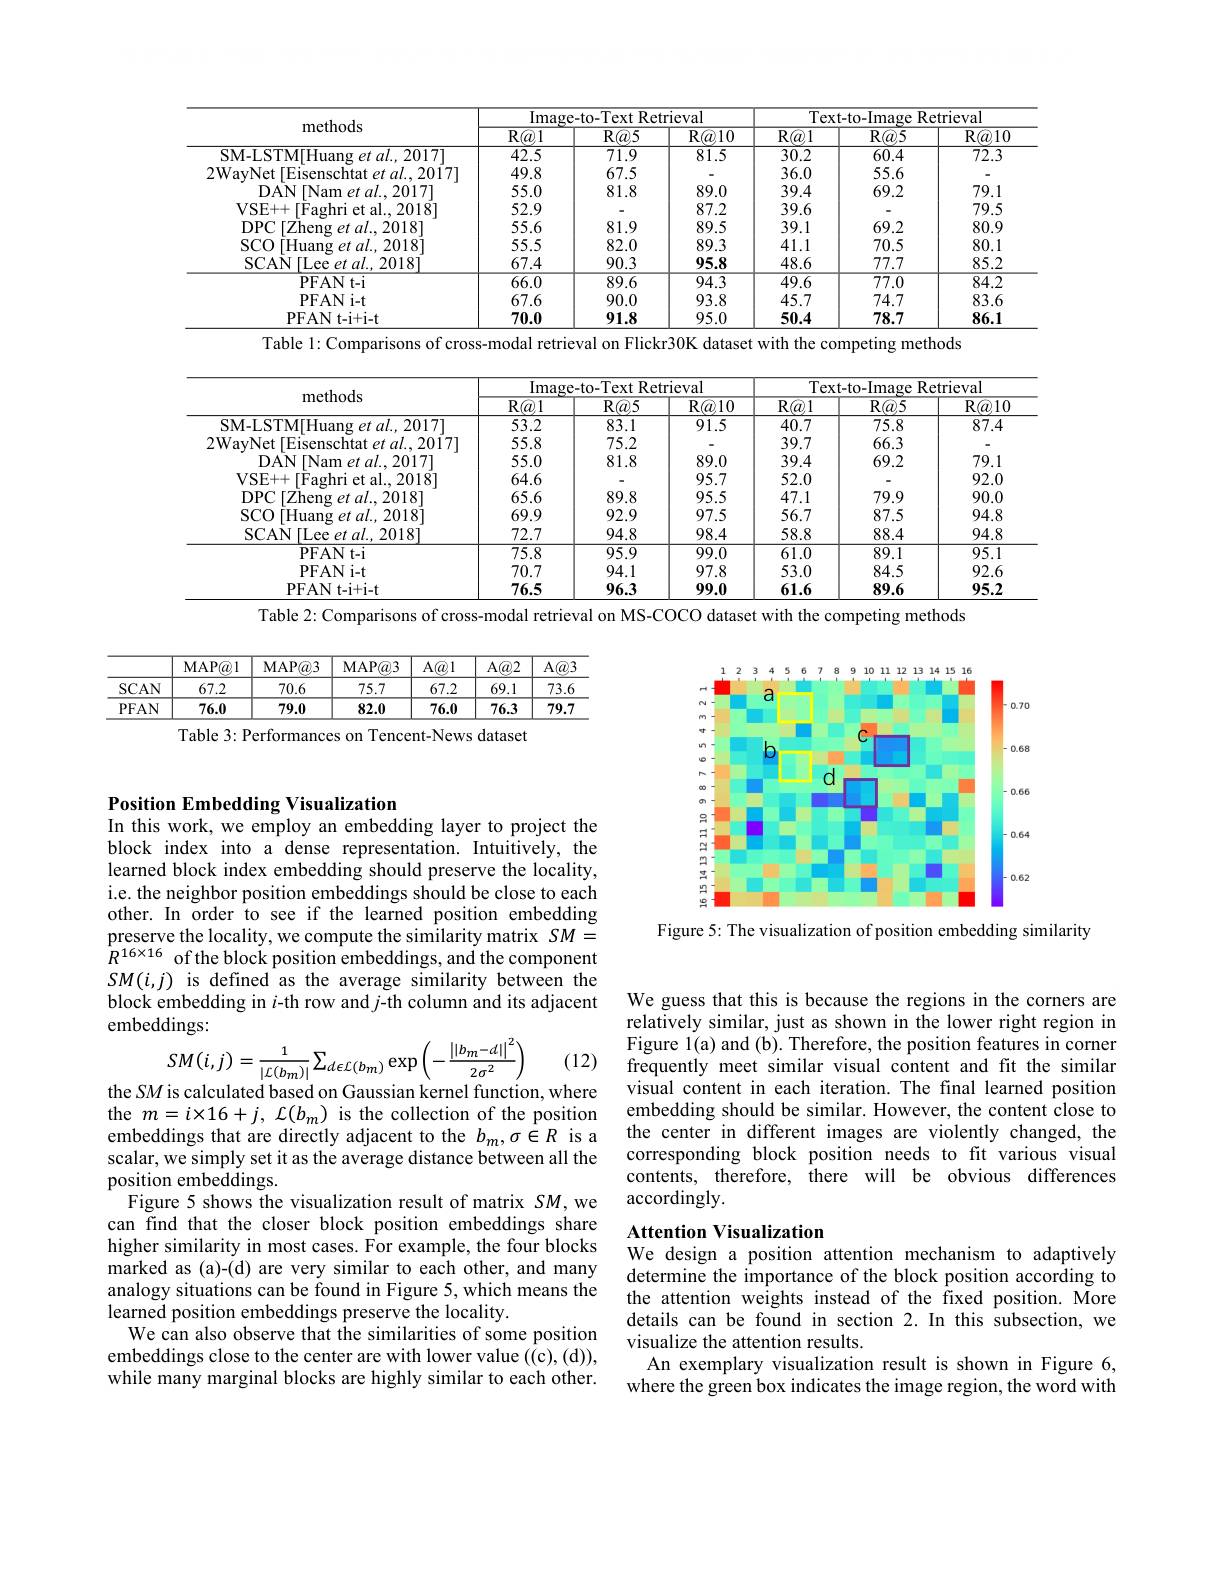
<table>
	<tbody>
		<tr>
			<th rowspan="2">methods</th>
			<th colspan="3">Image- to- Text Retrieval</th>
			<th colspan="3">Text-to-Image Retrieval</th>
		</tr>
		<tr>
			<th>R$( a) 1$</th>
			<th>$\mathbf{R}(a,5$</th>
			<th>$\mathbf{R}(a,10$</th>
			<th>R$( a) 1$</th>
			<th>$R(@5$</th>
			<th>R$( a) 10$</th>
		</tr>
		<tr>
			<td>SM-LSTM[Huang et al., 2017]</td>
			<td>42.5</td>
			<td>71.9</td>
			<td>81.5</td>
			<td>30.2</td>
			<td>60.4</td>
			<td>72.3</td>
		</tr>
		<tr>
			<td>2WavNet [Eisenschtat et al., 2017]</td>
			<td>49.8</td>
			<td>67.5</td>
			<td> </td>
			<td>36.0</td>
			<td>55.6</td>
			<td> </td>
		</tr>
		<tr>
			<td>DAN INam et al..20171</td>
			<td>55.0</td>
			<td>81.8</td>
			<td>89.0</td>
			<td>39.4</td>
			<td>69.2</td>
			<td>79.1</td>
		</tr>
		<tr>
			<td>VSE+ + Faghri et al.2018</td>
			<td>52.9</td>
			<td> </td>
			<td>87.2</td>
			<td>39.6</td>
			<td> </td>
			<td>79.5</td>
		</tr>
		<tr>
			<td>DPC$\left [ \mathrm{Zheng~et~al. . 2018}\right ]$</td>
			<td>55.6</td>
			<td>81.9</td>
			<td>89.5</td>
			<td>39.1</td>
			<td>69.2</td>
			<td>80.9</td>
		</tr>
		<tr>
			<td>$SCO$ $\bar{\text{THuang et al.2018}}$</td>
			<td>55.5</td>
			<td>82.0</td>
			<td>89.3</td>
			<td>41.1</td>
			<td>70.5</td>
			<td>80.1</td>
		</tr>
		<tr>
			<td>SCAN ILee et al..20181</td>
			<td>67.4</td>
			<td>90.3</td>
			<td>95.8</td>
			<td>48.6</td>
			<td>77.7</td>
			<td>85.2</td>
		</tr>
		<tr>
			<td>PFAN t- i</td>
			<td>66.0</td>
			<td>89.6</td>
			<td>94.3</td>
			<td>49.6</td>
			<td>77.0</td>
			<td>84.2</td>
		</tr>
		<tr>
			<td>PFAN i-t</td>
			<td>67.6</td>
			<td>90.0</td>
			<td>93.8</td>
			<td>45.7</td>
			<td>74.7</td>
			<td>83.6</td>
		</tr>
		<tr>
			<td>PFAN t- i+ i- t</td>
			<td>70.0</td>
			<td>91.8</td>
			<td>95.0</td>
			<td>50.4</td>
			<td>78.7</td>
			<td>86.1</td>
		</tr>
	</tbody>
</table>
Table 1: Comparisons of cross-modal retrieval on Flickr30K dataset with the competing methods

<table>
	<tbody>
		<tr>
			<th rowspan="2">methods</th>
			<th colspan="3">Image-to-Text Retrieval</th>
			<th colspan="3">Text-to-Image Retrieval</th>
		</tr>
		<tr>
			<th>R@ 1</th>
			<th>$R(a5$</th>
			<th>$\mathbf{R}(a,10$</th>
			<th>R$( a, 1$</th>
			<th>$R(a,5$</th>
			<th>$\overline{\mathrm{R}(a)10}$</th>
		</tr>
		<tr>
			<td>SM-LSTM[Huang et al., 2017]</td>
			<td>53.2</td>
			<td>83.1</td>
			<td>91.5</td>
			<td>40.7</td>
			<td>75.8</td>
			<td>87.4</td>
		</tr>
		<tr>
			<td>2WayNet「Eisenschtat et al., 2017]</td>
			<td>55.8</td>
			<td>75.2</td>
			<td> </td>
			<td>39.7</td>
			<td>66.3</td>
			<td> </td>
		</tr>
		<tr>
			<td>DAN Nam et al..20171</td>
			<td>55.0</td>
			<td>81.8</td>
			<td>89.0</td>
			<td>39.4</td>
			<td>69.2</td>
			<td>79.1</td>
		</tr>
		<tr>
			<td>VSE+ + Faghri et al.,2018I</td>
			<td>64.6</td>
			<td> </td>
			<td>95.7</td>
			<td>52.0</td>
			<td> </td>
			<td>92.0</td>
		</tr>
		<tr>
			<td>DPC $[ \bar {\text{Zheng }et}$ $al. . 2018]$</td>
			<td>65.6</td>
			<td>89.8</td>
			<td>95.5</td>
			<td>47.1</td>
			<td>79.9</td>
			<td>90.0</td>
		</tr>
		<tr>
			<td>$SCO$ $\mathsf{IHuang~et~al..2018}$</td>
			<td>69.9</td>
			<td>92.9</td>
			<td>97.5</td>
			<td>56.7</td>
			<td>87.5</td>
			<td>94.8</td>
		</tr>
		<tr>
			<td>SCAN [ Lee et al. , 2018] </td>
			<td>72.7</td>
			<td>94.8</td>
			<td>98.4</td>
			<td>58.8</td>
			<td>88.4</td>
			<td>94.8</td>
		</tr>
		<tr>
			<td>PFAN t- i</td>
			<td>75.8</td>
			<td>95.9</td>
			<td>99.0</td>
			<td>61.0</td>
			<td>89.1</td>
			<td>95.1</td>
		</tr>
		<tr>
			<td>PFAN i-t</td>
			<td>70.7</td>
			<td>94.1</td>
			<td>97.8</td>
			<td>53.0</td>
			<td>84.5</td>
			<td>92.6</td>
		</tr>
		<tr>
			<td>PFAN t- i+ i- t</td>
			<td>76.5</td>
			<td>96.3</td>
			<td>99.0</td>
			<td>61.6</td>
			<td>89.6</td>
			<td>95.2</td>
		</tr>
	</tbody>
</table>
Table 2: Comparisons of cross-modal retrieval on MS-COCO dataset with the competing methods

<table>
	<tbody>
		<tr>
			<th> </th>
			<th>MAP@ 1</th>
			<th>MAP@ 3</th>
			<th>MAP@ 3</th>
			<th>$A@1$</th>
			<th>$A@2$</th>
			<th>$A\textcircled{a}{:}$</th>
		</tr>
		<tr>
			<td>SCAN</td>
			<td>67.2</td>
			<td>70.6</td>
			<td>75.7</td>
			<td>67.2</td>
			<td>69.1</td>
			<td>73.6</td>
		</tr>
		<tr>
			<td>PFAN</td>
			<td>76.0</td>
			<td>79.0</td>
			<td>82.0</td>
			<td>76.0</td>
			<td>76.3</td>
			<td>79.7</td>
		</tr>
	</tbody>
</table>
Table 3: Performances on Tencent-News dataset

<FigureHere>

Position Embedding Visualization
In this work, we employ an embedding layer to project the

block index into a dense representation. Intuitively, the learned block index embedding should preserve the locality, i.e. the neighbor position embeddings should be close to each other. In order to see if the learned position embedding preserve the locality, we compute the similarity matrix $SM=$ $R^{16\times16}$ of the block position embeddings, and the component $SM(i,j)$ is defined as the average similarity between the block embedding in $i$-th row and j-th column and its adjacent embeddings:
$$SM(i,j)=\frac{1}{|\mathcal{L}(b_{m})|}\sum_{d\epsilon\mathcal{L}(b_{m})}\exp\left(-\frac{\left||b_{m}-d|\right|^{2}}{2\sigma^{2}}\right)$$
Figure 5: The visualization of position embedding similarity

(12)

the SM is calculated based on Gaussian kernel function, where

We guess that this is because the regions in the corners are relatively similar, just as shown in the lower right region in Figure l(a) and (b). Therefore, the position features in corner frequently meet similar visual content and fit the similar visual content in each iteration. The final learned position embedding should be similar. However, the content close to
embeddings that are directly adjacent to the $b_m,\sigma\in R$ is a the center in different images are violently changed, the
corresponding block position needs to fit various visual contents, therefore, there will be obvious differences accordingly

## Attention Visualization We design a position attention mechanism to adaptively

the $m=i\times16+j,{\mathcal L}(b_{m})$ is the collection of the position scalar, we simply set it as the average distance between all the position embeddings.
Figure 5 shows the visualization result of matrix $SM$, we can find that the closer block position embeddings share higher similarity in most cases. For example, the four blocks marked as (a)-(d) are very similar to each other, and many analogy situations can be found in Figure 5, which means the learned position embeddings preserve the locality.
We can also observe that the similarities of some position embeddings close to the center are with lower value ((c),(d)), while many marginal blocks are highly similar to each other.

determine the importance of the block position according to the attention weights instead of the fixed position. More details can be found in section 2. In this subsection, we visualize the attention results.
An exemplary visualization result is shown in Figure 6, where the green box indicates the image region, the word with